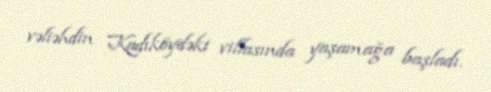
vəliəhdin Kadıköydəki villasında yaşamağa başladı.